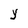
Character: Y